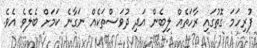
ފުރިހަމަ ގޮތުގައި ރާހަތެއް ލިބެން އަދި ދުވަސްތަކެއް ނަގާނެ ކަމަށް ބެލެވެ އެވެ.